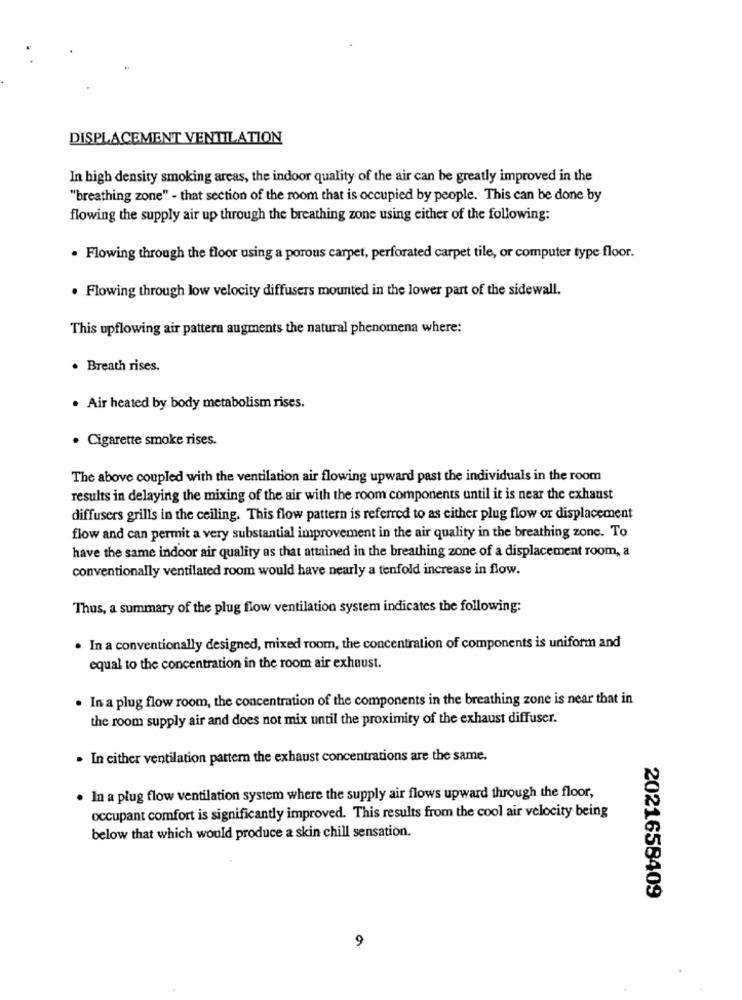
DISPLACEMENT VENTILATION
In high density smoking areas, the indoor quality of the air can be greatly improved in the
"breathing zone" - that section of the room that is occupied by people. This can be done by
flowing the supply air up through the breathing zone using either of the following:
. Flowing through the floor using a porous carpet, perforated carpet tile, or computer type floor.
. Flowing through low velocity diffusers mounted in the lower part of the sidewall.
This upflowing air pattern augments the natural phenomena where:
. Breath rises.
. Air heated by body metabolism rises.
· Cigarette smoke rises.
The above coupled with the ventilation air flowing upward past the individuals in the room
results in delaying the mixing of the air with the room components until it is near the exhaust
diffusers grills in the ceiling. This flow pattern is referred to as either plug flow or displacement
flow and can permit a very substantial improvement in the air quality in the breathing zone. To
have the same indoor air quality as that attained in the breathing zone of a displacement room, a
conventionally ventilated room would have nearly a tenfold increase in flow.
Thus, a summary of the plug flow ventilation system indicates the following:
. In a conventionally designed, mixed room, the concentration of components is uniform and
equal to the concentration in the room air exhaust.
. In a plug flow room, the concentration of the components in the breathing zone is near that in
the room supply air and does not mix until the proximity of the exhaust diffuser.
. In cither ventilation pattern the exhaust concentrations are the same.
. In a plug flow ventilation system where the supply air flows upward through the floor,
occupant comfort is significantly improved. This results from the cool air velocity being
below that which would produce a skin chill sensation.
2021658409
9